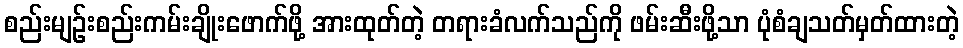
စည်းမျဉ်းစည်းကမ်းချိုးဖောက်ဖို့ အားထုတ်တဲ့ တရားခံလက်သည်ကို ဖမ်းဆီးဖို့သာ ပုံစံချသတ်မှတ်ထားတဲ့